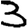
Digit: 3